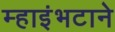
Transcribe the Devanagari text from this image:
म्हाइंभटाने